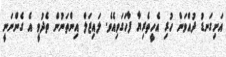
އަށިގަނޑު ދުއްވަން ހުރި އެހީތެރިޔާ ފާހަގަވިއެވެ. ލައިޒަލް އިންތަނުން ތެދުވީ އެ ގެންނަނީ